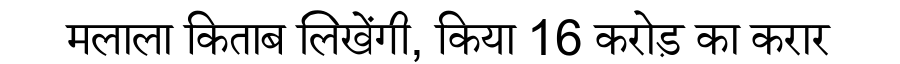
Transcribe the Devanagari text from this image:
मलाला किताब लिखेंगी, किया 16 करोड़ का करार